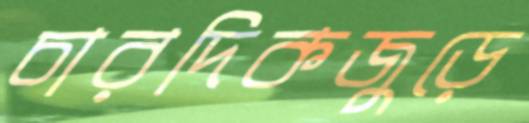
চারদিকজুড়ে